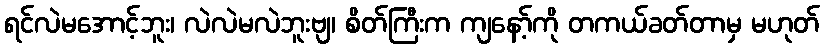
ရင်လဲမအောင့်ဘူး၊ လဲလဲမလဲဘူးဗျ၊ စိတ်ကြီးက ကျနော့်ကို တကယ်ခတ်တာမှ မဟုတ်